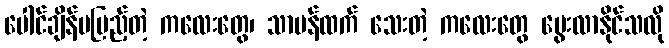
ပေါင်ချိန်မပြည့်တဲ့ ကလေးတွေ၊ သာမန်ထက် သေးတဲ့ ကလေးတွေ မွေးလာနိုင်သလို